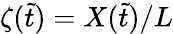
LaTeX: \zeta(\tilde{t})=X(\tilde{t})/L